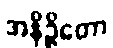
အနိဉ္ဇိတော